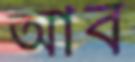
আব